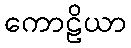
ကောဠိယာ